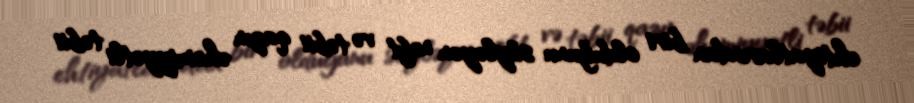
ehtiyatlarından biri olduğunu söyləyən neft və təbii qazın əhəmiyyətli təbii